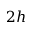
2 h